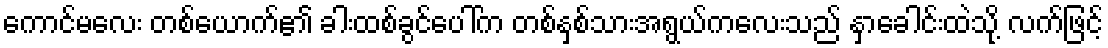
ကောင်မလေး တစ်ယောက်၏ ခါးထစ်ခွင်ပေါ်က တစ်နှစ်သားအရွယ်ကလေးသည် နှာခေါင်းထဲသို့ လက်ဖြင့်